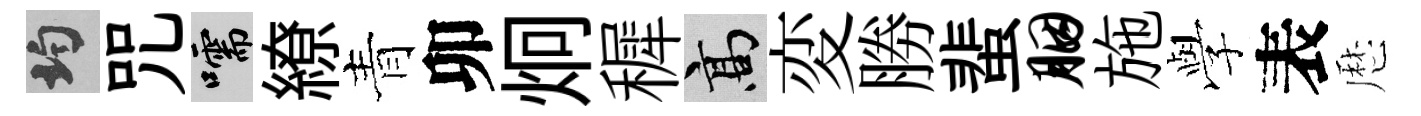
均咒嚅繚青卯炯穉高変勝蜚胭施𫝯表厯